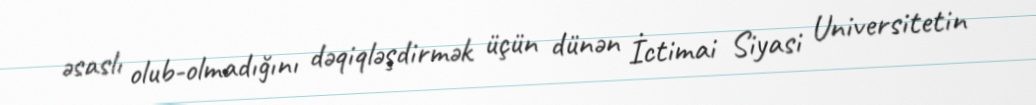
əsaslı olub-olmadığını dəqiqləşdirmək üçün dünən İctimai Siyasi Universitetin